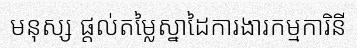
មនុស្ស ផ្តល់តម្លៃស្នាដៃការងារកម្មការិនី